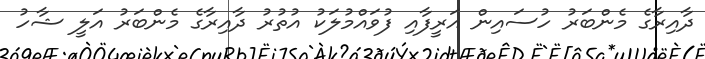
ދާއިރާގެ މެންބަރު ހުސައިން އަރީފާއި ފުވައްމުލަކު އުތުރު ދާއިރާގެ މެންބަރު އަލީ ޝާހު